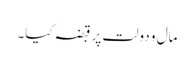
مال و دولت پر قبضہ کیا۔